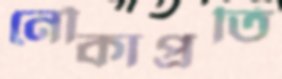
নৌকাপ্রতি